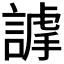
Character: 𧫅